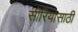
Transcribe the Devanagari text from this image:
सीरियासाठी